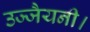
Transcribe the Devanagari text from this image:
उज्जैयनी।